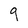
Character: q